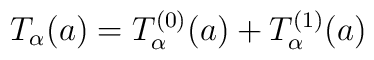
T_{\alpha}(a)=T^{(0)}_{\alpha}(a)+T^{(1)}_{\alpha}(a)